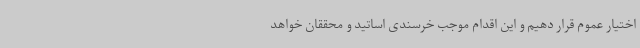
اختیار عموم قرار دهیم و این اقدام موجب خرسندی اساتید و محققان خواهد